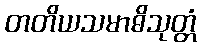
တတိယသမာဓိသုတ္တံ